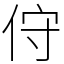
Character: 㑏